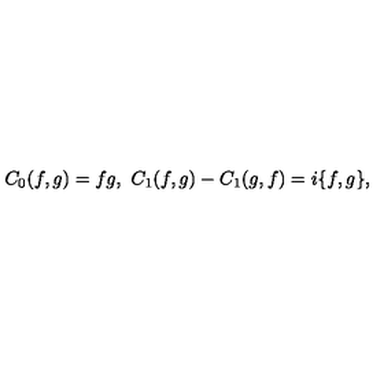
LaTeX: C _ { 0 } ( f , g ) = f g , \ C _ { 1 } ( f , g ) - C _ { 1 } ( g , f ) = i \{ f , g \} ,